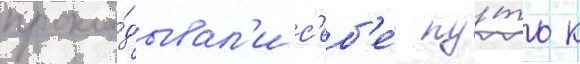
прокла́дывал'и с'еб'е́ пу́ть к